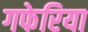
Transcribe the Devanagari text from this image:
गफेरिया